Scottish Leaving Certificate Examination, 1952
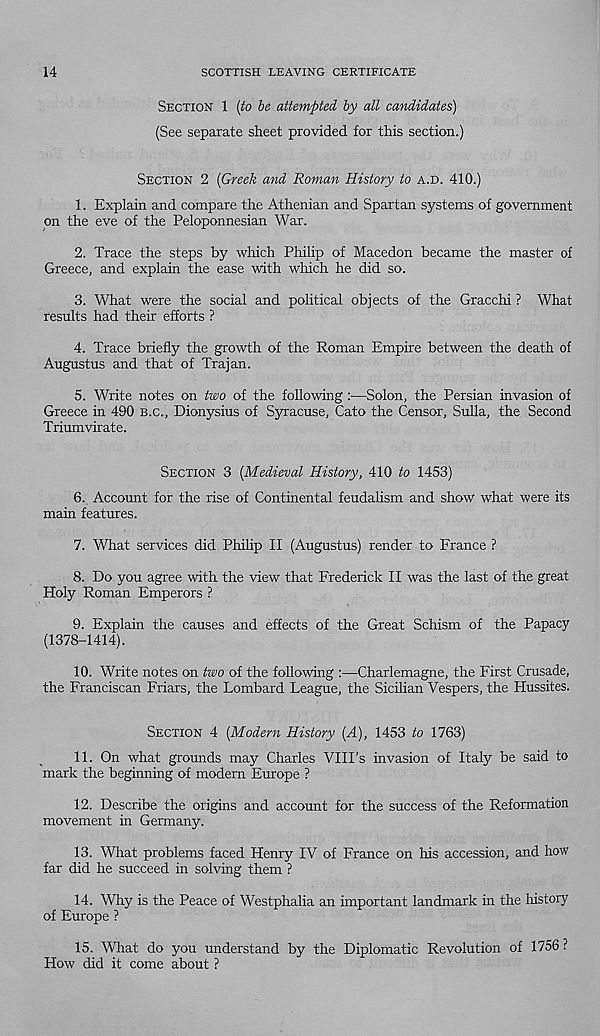
14
SCOTTISH LEAVING CERTIFICATE
SECTION 1 (to be attempted by all candidates)
(See separate sheet provided for this section.)
SECTION 2 (Greek and Roman History to A.D. 410.)
1. Explain and compare the Athenian and Spartan systems of government
on the eve of the Peloponnesian War.
2. Trace the steps by which Philip of Macedon became the master of
Greece, and explain the ease with which he did so.
3. What were the social and political objects of the Gracchi ? What
results had their efforts ?
4. Trace briefly the growth of the Roman Empire between the death of
Augustus and that of Trajan.
5. Write notes on two of the following :—Solon, the Persian invasion of
Greece in 490 B.C., Dionysius of Syracuse, Cato the Censor, Sulla, the Second
Triumvirate.
SECTION 3 (Medieval History, 410 to 1453)
6. Account for the rise of Continental feudalism and show what were its
main features.
7. What services did Philip II (Augustus) render to France ?
8. Do you agree with the view that Frederick II was the last of the great
Holy Roman Emperors ?
9. Explain the causes and effects of the Great Schism of the Papacy
(1378-1414).
10. Write notes on two of the following :—Charlemagne, the First Crusade,
the Franciscan Friars, the Lombard League, the Sicilian Vespers, the Hussites.
SECTION 4 (Modern History (A), 1453 to 1763)
11. On what grounds may Charles VIII's invasion of Italy be said to
mark the beginning of modem Europe ?
12. Describe the origins and account for the success of the Reformation
movement in Germany.
13. What problems faced Henry IV of France on his accession, and how
far did he succeed in solving them ?
14. Why is the Peace of Westphalia an important landmark in the history
of Europe ?
15. What do you understand by the Diplomatic Revolution of 1756 ?
How did it come about ?